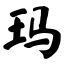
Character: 玛